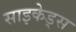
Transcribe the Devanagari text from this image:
साइकेड्स